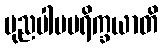
ပုညပါပပရိက္ခယာတိ